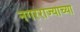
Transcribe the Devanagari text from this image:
नगरराज्याच्या